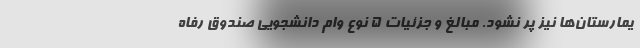
یمارستان‌ها نیز پر نشود. مبالغ و جزئیات ۵ نوع وام دانشجویی صندوق رفاه